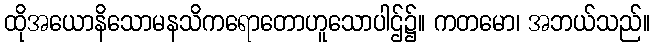
ထိုအယောနိသောမနသိကရောတောဟူသောပါဌ်၌။ ကတမော၊ အဘယ်သည်။